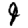
Digit: 9